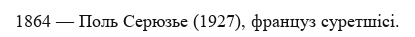
1864 — Поль Серюзье (1927), француз суретшісі.